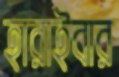
হারাইবার